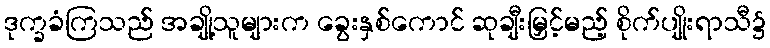
ဒုက္ခခံကြသည် အချို့သူများက ခွေးနှစ်ကောင် ဆုချီးမြှင့်မည့် စိုက်ပျိုးရာသီ၌